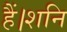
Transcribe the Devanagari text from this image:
हैं।शनि